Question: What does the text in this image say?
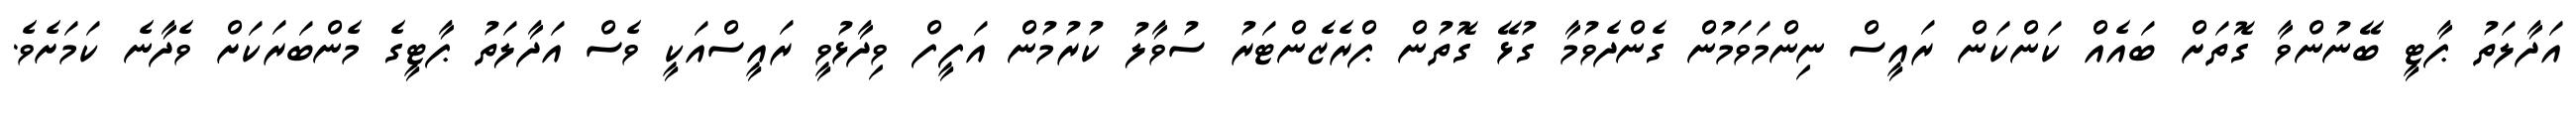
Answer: އަދާލަތު ޕާޓީ ބޭނުންވާ ގޮތަށް ބައެއް ކަންކަން ރައީސް ނިންމަވަމުން ގެންދެވުމާ ގުޅޭ ގޮތުން ޕްރެޒެންޓަރު ސުވާލު ކުރުމުން އަފީފް ވިދާޅުވީ ރައީސްއަކީ ވެސް އަދާލަތު ޕާޓީގެ މެންބަރަކަށް ވެދާނެ ކަމަށެވެ.